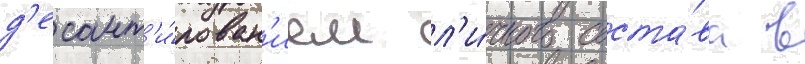
д'есант'и́рован'ием л'и́чного соста́ва в